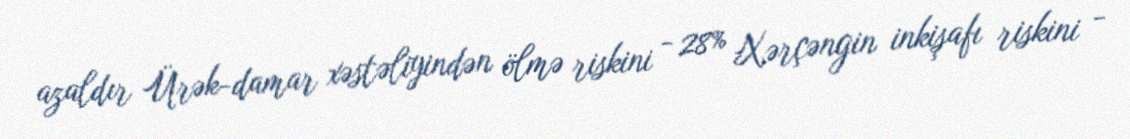
azaldır Ürək-damar xəstəliyindən ölmə riskini - 28% Xərçəngin inkişafı riskini -